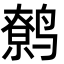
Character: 鹩